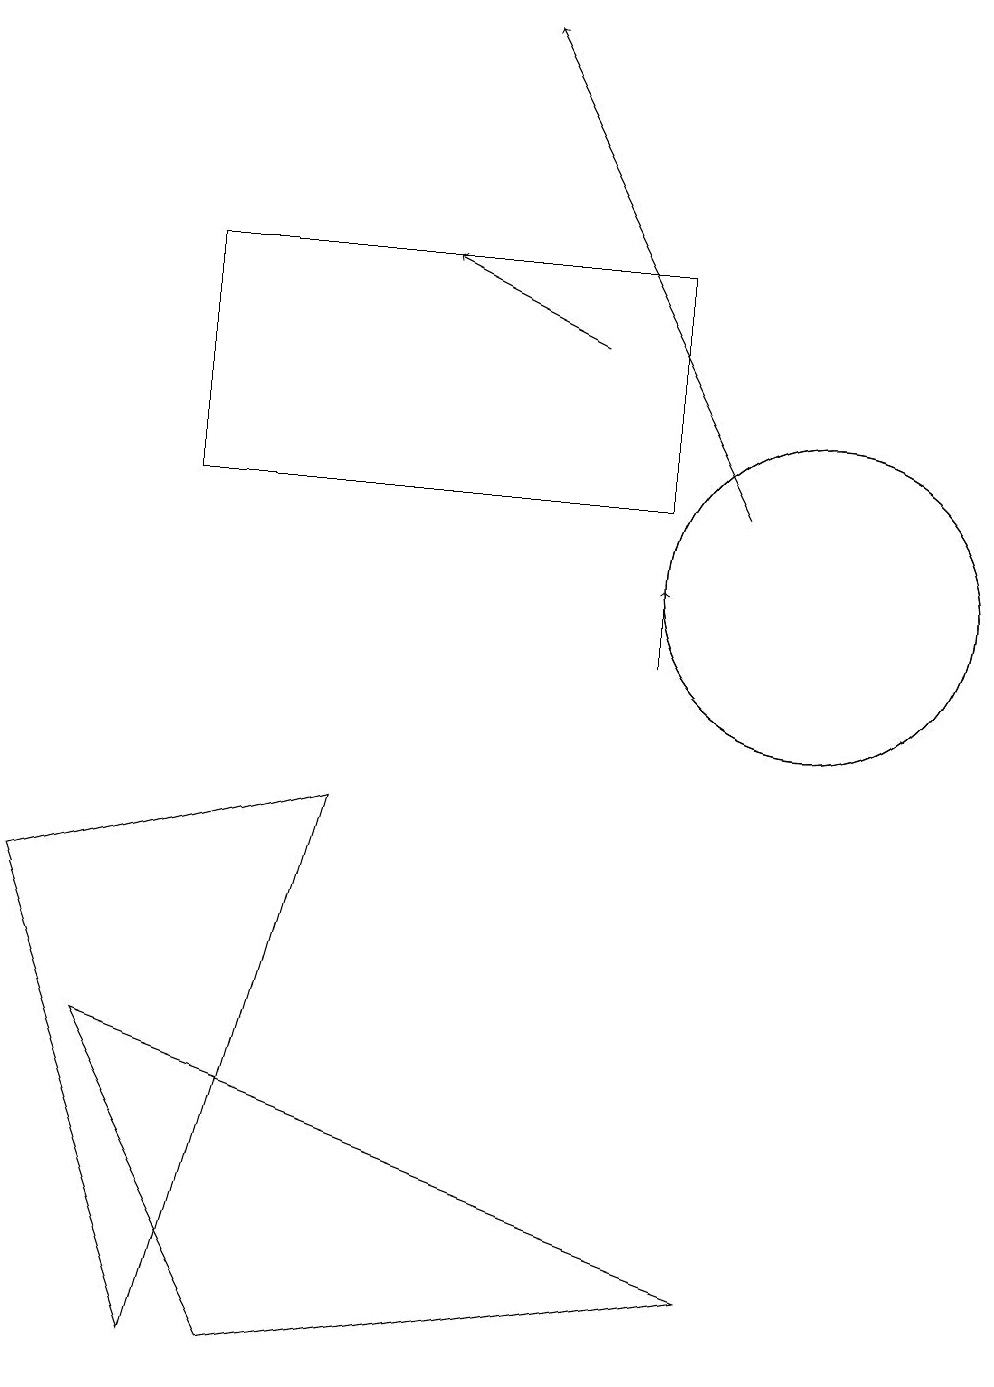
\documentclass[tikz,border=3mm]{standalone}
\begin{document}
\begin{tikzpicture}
\draw (1,5) -- (9,2) -- (3,1) -- cycle;
\draw[->] (7,14) -- (5,15);
\draw (10,11) circle (2);
\draw (2,15) rectangle (8,12);
\draw (2,1) -- (4,8) -- (0,7) -- cycle;
\draw (10,11) circle (2);
\draw[->] (9,12) -- (6,18);
\draw[->] (8,10) -- (8,11);
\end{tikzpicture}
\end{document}